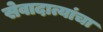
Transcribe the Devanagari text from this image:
सेवादात्यांचा